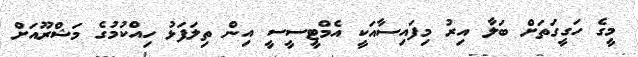
މީގެ ހަގީގަތަށް ބަލާ އިރު މިފައިސާއަކީ އެމްޓީސީސީ އިން ތިލަފަޅު ހިއްކުމުގެ މަޝްރޫއަށް